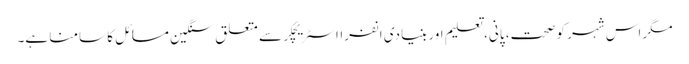
مگر اس شہر کو صحت، پانی، تعلیم اور بنیادی انفرااسٹریچکر سے متعلق سنگین مسائل کا سامنا ہے۔